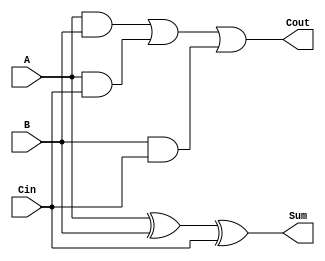
/*
Full Adder model in Verilog w/ testbench.
Compile with: iverilog -wimplicit -c filelist.txt -o fulladder.vvp 
*/
module full_adder(A, B, Cin, Sum, Cout);

input A, B, Cin;
output Sum, Cout;
wire w1, w2, w3; //wires needed other than inputs/outputs

// create gates
xor sumXOR(Sum, A, B, Cin); //(output, inputs)
and AND1(w1, A, B);
and AND2(w2, A, Cin);
and AND3(w3, B, Cin);
or coutOR(Cout, w1, w2, w3);


endmodule